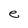
Character: e